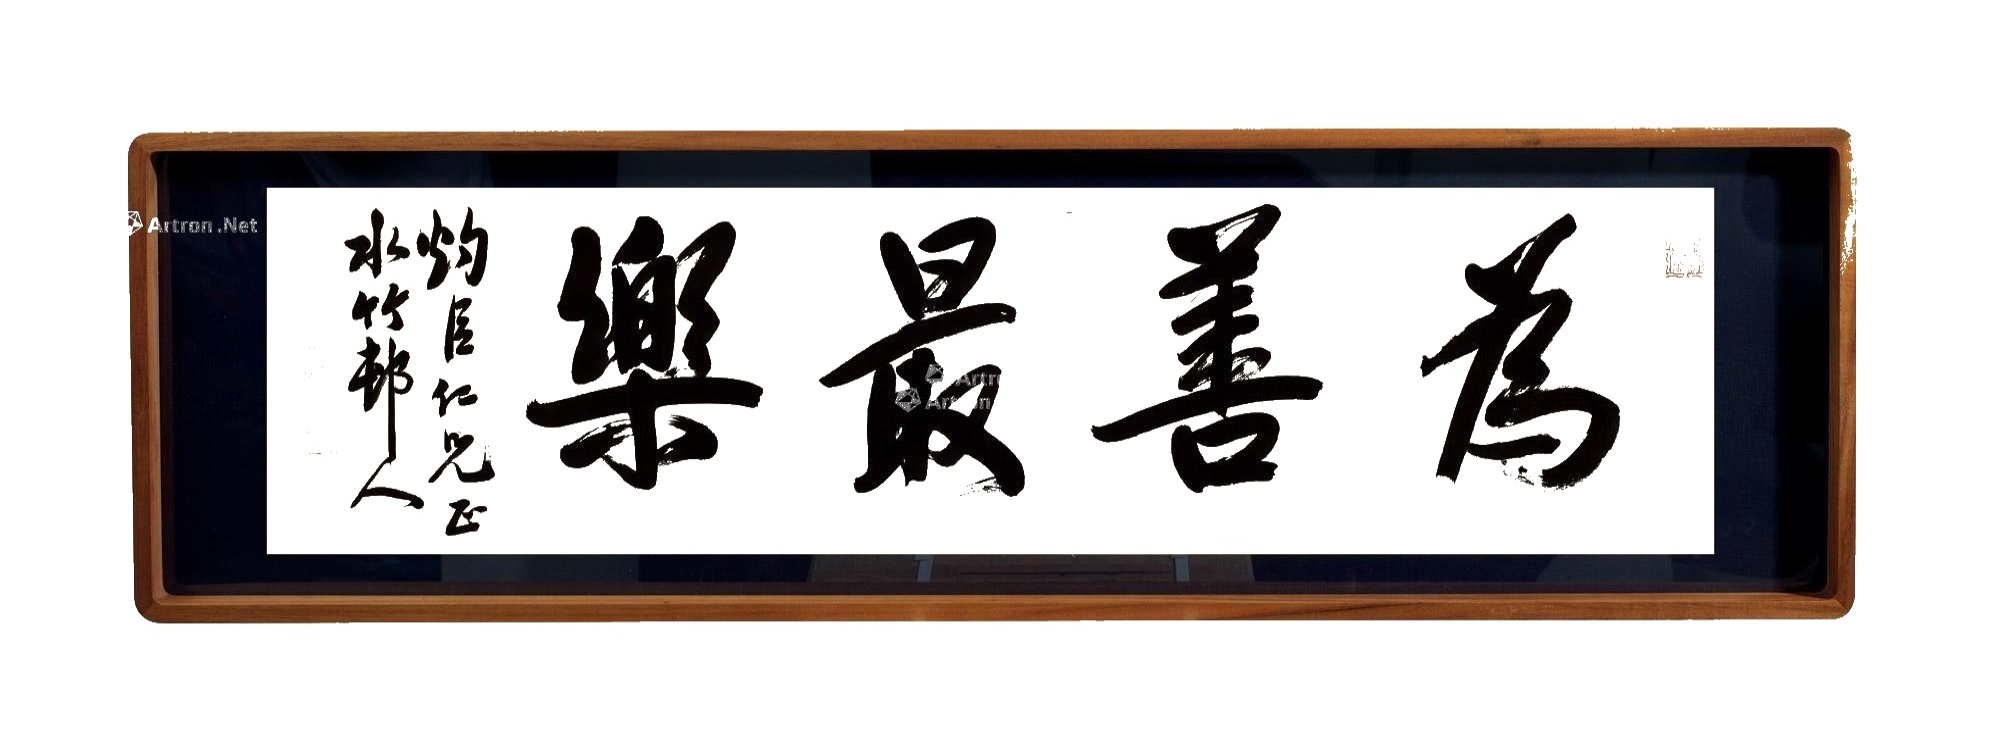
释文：为善最乐。灼臣仁兄正。水竹村人。